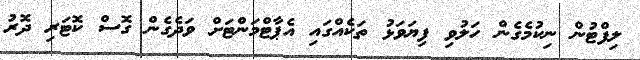
ލިފްޓުން ނިކުމެގެން ހަލުވި ފިޔަވަޅު ތަކެއްގައި އެޕާޓްމަންޓަށް ވަދެގެން ގޮސް ކޮޓަރި ދޮރު